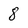
Character: 8